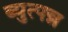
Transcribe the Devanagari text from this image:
ब्युत्पन्न